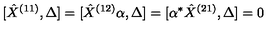
[ \hat { X } ^ { ( 1 1 ) } , \Delta ] = [ \hat { X } ^ { ( 1 2 ) } \alpha , \Delta ] = [ \alpha ^ { * } \hat { X } ^ { ( 2 1 ) } , \Delta ] = 0